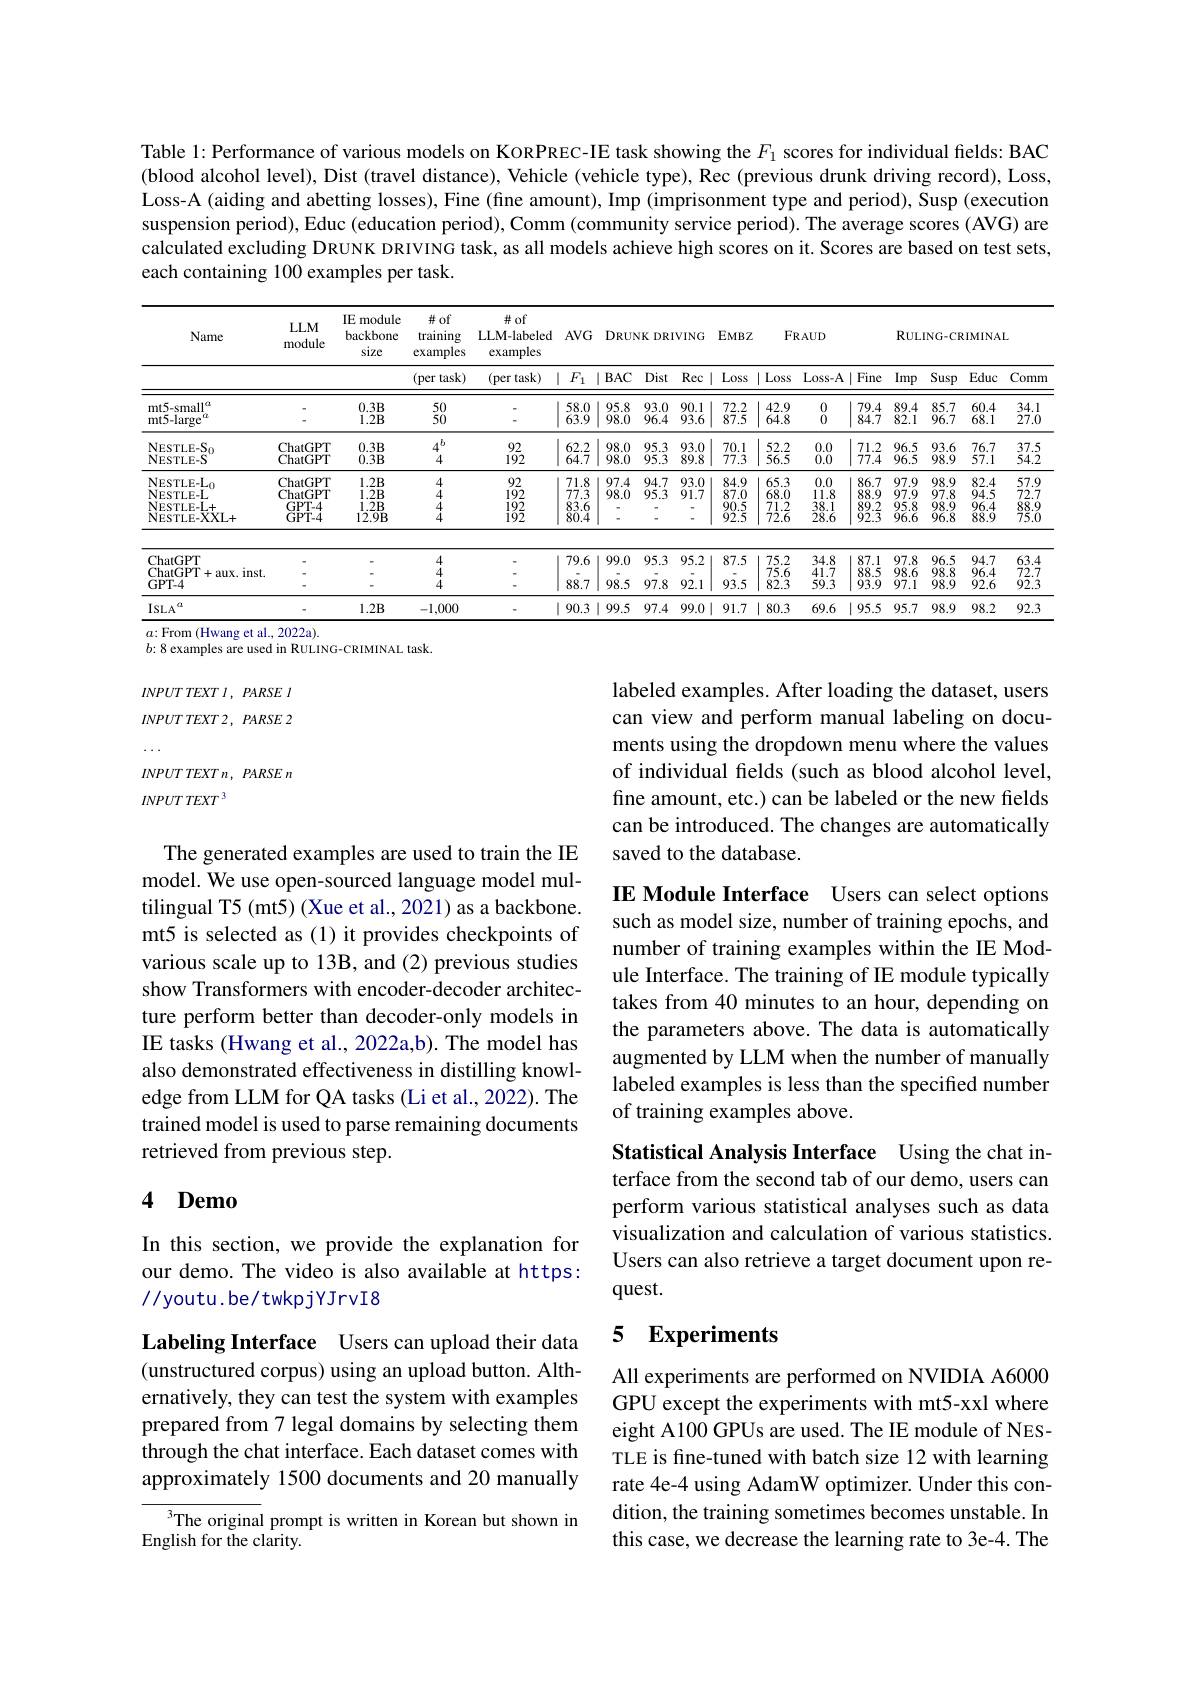
Table 1: Performance of various models on KoRPREC-IE task showing the $F_{1}$ scores for individual fields: BAC (blood alcohol level), Dist (travel distance), Vehicle (vehicle type), Rec (previous drunk driving record), Loss, Loss-A (aiding and abetting losses), Fine (fine amount), Imp (imprisonment type and period), Susp (execution suspension period), Educ (education period), Comm (community service period). The average scores (AVG) are calculated excluding DRUNK DRIVING task, as all models achieve high scores on it. Scores are based on test sets, each containing 100 examples per task.

<table>
	<tbody>
		<tr>
			<th rowspan="2">Name</th>
			<th rowspan="2">$LLM$ module</th>
			<th rowspan="2">IE module backbone size</th>
			<th rowspan="2">并of training examples (per task)</th>
			<th rowspan="2">并of LLM-labeled examples (per task)</th>
			<th>$AVG$</th>
			<th colspan="4">DRUNK DRIVING</th>
			<th>EMBZ</th>
			<th>EMBZ</th>
			<th>$F$ $Z$</th>
			<th colspan="2">$FRAUD$</th>
			<th colspan="4">RULING-CRIMINAL</th>
		</tr>
		<tr>
			<th>$F_1$ 1</th>
			<th>BAC</th>
			<th>iAC $\Gamma$</th>
			<th>Dist</th>
			<th>Rec</th>
			<th>Loss</th>
			<th>Loss</th>
			<th>Loss 1</th>
			<th>$Loss-i$</th>
			<th>$\lambda\mid F$ Fine $\frac{1}{2}=\frac{1}{2}=\frac{1}{2}$ $\frac{1}{2}=\frac{1}{2}=\frac{1}{2}$ $\frac{1}{2}=\frac{1}{2}=\frac{1}{2}$</th>
			<th>Imp</th>
			<th>Susp</th>
			<th>Educ</th>
			<th>Comm</th>
		</tr>
		<tr>
			<td>mt5-small$^{a}$ mt5-large</td>
			<td>-</td>
			<td>$0.3B$ $1.2B$</td>
			<td>50 $5\vec{0}$</td>
			<td> </td>
			<td>58.0 $\tilde{63}.9$</td>
			<td>95.8 98.0</td>
			<td>15.8 9 18.0 9</td>
			<td>93.0 96.4</td>
			<td>90.1 $\ddot{9}\ddot{3}.6$</td>
			<td>72.2 87.5</td>
			<td>72.2 87.5</td>
			<td>42.9 64.8</td>
			<td>$\begin{array}{c}0\\0\end{array}$</td>
			<td>79.4 1 84.7</td>
			<td>89.4 82.1</td>
			<td>85.7 96.7</td>
			<td>60.4 68.1</td>
			<td>34.1 27.0</td>
		</tr>
		<tr>
			<td>$\mathrm{NESTLE-S}_{0}$ NESTLE-S</td>
			<td>ChatGPT ChatGPT</td>
			<td>$0.3B$ $0.3B$</td>
			<td>$4_{4}^{b}$</td>
			<td>92 192</td>
			<td>T 62.2 $\ddot{64}.\overline{7}$</td>
			<td>98.0 $\ddot{98}.0$</td>
			<td>18.0 9 18.0 9</td>
			<td>95.3 95.3</td>
			<td>93.0 89.8</td>
			<td>70.1 $\dot{77}.3$</td>
			<td>70.1 $\dot{77}.3$</td>
			<td>1 52.2 56.5</td>
			<td>0.0 0.0</td>
			<td>71.2 77.4</td>
			<td>96.5 $\ddot{9}6.5$</td>
			<td>93.6 $\ddot{98.9}$</td>
			<td>76.7 57.1</td>
			<td>37.5 54.2</td>
		</tr>
		<tr>
			<td>$\mathrm{NESTLE-L}_{0}$ NESTLE-L STLE-L+ 1144</td>
			<td>ChatGPT ChatGPT GPT-4 $\because\angle A$</td>
			<td>$1.2B$ $1.2B$ $1.2B$</td>
			<td></td>
			<td>$\underset{101}{\operatorname*{\operatorname*{92}}}$ $\begin{smallmatrix}192\\192\end{smallmatrix}$ T</td>
			<td>71.8 77.3 83.6 $\frac{1}{2}=\frac{1}{2}=\frac{1}{2}$</td>
			<td>97.4 98.0</td>
			<td>17.4 9 18.0 9</td>
			<td>94.7 95.3</td>
			<td>93.0 91.7</td>
			<td>84.9 87.0</td>
			<td>84.9 87.0</td>
			<td>65.3 68.0 71.2</td>
			<td>0.0 11.8 38.1</td>
			<td>86.7 88.9 $\frac{1}{2}$</td>
			<td>97. $\ddot{9}\dot{7}.$</td>
			<td>98.9 97.8 10</td>
			<td>82.4 94.5 26 4</td>
			<td>57.9 72.7</td>
		</tr>
		<tr>
			<td>NESTLE-L NESTLE-L+ NESTLE- XXL+ </td>
			<td>ChatGPl GPT-4 $\ddot{\mathrm{GPT-4}}$</td>
			<td>$1.2B$ $1.2B$ $12.9B$</td>
			<td>$\begin{array}{c}{4}\\{4}\\{4}\end{array}$</td>
			<td>$\log2$ 192 $1\ddot{9}\overline{2}$</td>
			<td>14 83.6 80.4</td>
			<td>98.0</td>
			<td>18.0 9</td>
			<td>9.3</td>
			<td>91.7</td>
			<td>8.0 90.5 $\acute{9}\ddot{2}.\tilde{5}$ 1</td>
			<td>8/.0 90.5 $\ddot{9}\ddot{2}.5$</td>
			<td>68.0 71.2 $\dot{7}\ddot{2}.\overline{6}$</td>
			<td>11.8 38.1 $\ddot{28}.\dot{6}$ 1</td>
			<td>88. $\begin{array}{c}{89.2}\\{92.3}\\\end{array}$ T 4 4 T -</td>
			<td>$\underline{95.1}$ N $\ddot{9}\tilde{6}.1$</td>
			<td>TA 98. L $\ddot{96}.8$</td>
			<td>34.2 96.4 $\ddot{88}.\dot{9}$</td>
			<td>12. 1 $\frac{88.9}{75.0}$</td>
		</tr>
		<tr>
			<td>ChatGPT ChatGPT+ aux. inst. GPT-4</td>
			<td>- -</td>
			<td> </td>
			<td>$\begin{array}{c}4\\4\\4\end{array}$</td>
			<td>一</td>
			<td>79.6 88.7</td>
			<td>99.0 98.5</td>
			<td>19.0 9 18.5 9</td>
			<td>95.3 97.8</td>
			<td>95.2 92.1</td>
			<td>87.5 93.5</td>
			<td>87.5 93.5</td>
			<td>75.2 75.6 82.3</td>
			<td>34.8 41.7 59.3</td>
			<td>87.1 88.5 93.9</td>
			<td>97.8 98.6 97.1</td>
			<td>96.5 98.8 98.9</td>
			<td>94.7 96.4 92.6</td>
			<td>63.4 72.7 92.3</td>
		</tr>
		<tr>
			<td>$ISLA^a$</td>
			<td> </td>
			<td>$1.2B$</td>
			<td>-1,000</td>
			<td> </td>
			<td>90.3</td>
			<td>99.5</td>
			<td>19.5 9</td>
			<td>97.4</td>
			<td>99.0</td>
			<td>91.7</td>
			<td>91.7</td>
			<td>80.3</td>
			<td>69.6</td>
			<td>95.5</td>
			<td>95.7</td>
			<td>98.9</td>
			<td>98.2</td>
			<td>92.3</td>
		</tr>
	</tbody>
</table>

$b{:}8$ examples are used in RULING-CRIMINAL task

$INPUTTEXTI,PARSEI$ $INPUTTEXT2$, $PARSE$ 2 $INPUTTEXTn$, $PARSE$ $n$ $INPUTTEXT^3$

labeled examples. After loading the dataset, users can view and perform manual labeling on documents using the dropdown menu where the values of individual felds (such as blood alcohol level, fine amount, etc.) can be labeled or the new fields can be introduced. The changes are automatically saved to the database.

The generated examples are used to train the IE model. We use open-sourced language model multilingual T5 (mt5) (Xue et al., 2021) as a backbone. mt5 is selected as (1) it provides checkpoints of various scale up to 13B, and (2) previous studies show Transformers with encoder-decoder architecture perform better than decoder-only models in IE tasks (Hwang et al., 2022a,b). The model has also demonstrated effectiveness in distilling knowledge from LLM for QA tasks (Li et al., 2022). The trained model is used to parse remaining documents retrieved from previous step.

IE Module Interface Users can select options such as model size, number of training epochs, and number of training examples within the IE Module Interface. The training of IE module typically takes from 40 minutes to an hour, depending on the parameters above. The data is automatically augmented by LLM when the number of manually labeled examples is less than the specified number of training examples above.

# 4 Demo

Statistical Analysis Interface Using the chat interface from the second tab of our demo, users can perform various statistical analyses such as data visualization and calculation of various statistics. Users can also retrieve a target document upon request.

In this section, we provide the explanation for our demo. The video is also available at https: //youtu.be/twkpjYJrvI8

## 5 Experiments

Labeling Interface Users can upload their data (unstructured corpus) using an upload button. Althernatively, they can test the system with examples prepared from 7 legal domains by selecting them through the chat interface. Each dataset comes with approximately 1500 documents and 20 manually

All experiments are performed on NVIDIA A6000 GPU except the experiments with mt5-xxl where eight A100 GPUs are used. The IE module of NESTLE is fine-tuned with batch size 12 with learning rate 4e-4 using AdamW optimizer. Under this condition, the training sometimes becomes unstable. In this case, we decrease the learning rate to 3e-4. The

${^3\text{The original prompt is written in Korean but shown in}}$
English for the clarity.